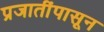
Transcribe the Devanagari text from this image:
प्रजातींपासून